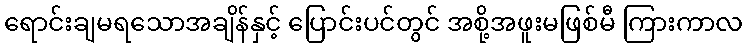
ရောင်းချမရသောအချိန်နှင့် ပြောင်းပင်တွင် အစို့အဖူးမဖြစ်မီ ကြားကာလ